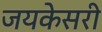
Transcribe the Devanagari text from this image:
जयकेसरी